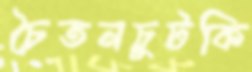
চৈতনচুটকি